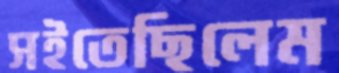
সইতেছিলেম